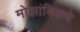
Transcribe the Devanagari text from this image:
मोझांबिकचे